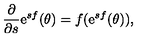
\frac { \partial } { \partial s } \mathrm { e } ^ { s f } ( \theta ) = f ( \mathrm { e } ^ { s f } ( \theta ) ) ,